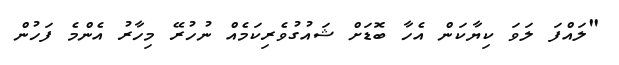
"ލައްފަ ލަވަ ކިޔާކަން އެހާ ބޮޑަށް ޝައުގުވެރިކަމެއް ނުހުރޭ މިހާރު އެންމެ ފަހުން